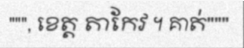
""", ខេត្ត តាកែវ ។ គាត់"""